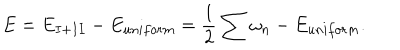
E = E _ { I + I I } - E _ { u n i f o r m } = \frac { 1 } { 2 } \sum \omega _ { n } - E _ { u n i f o r m } .